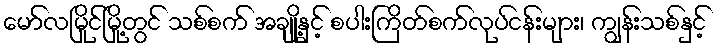
မော်လမြိုင်မြို့တွင် သစ်စက် အချို့နှင့် စပါးကြိတ်စက်လုပ်ငန်းများ၊ ကျွန်းသစ်နှင့်